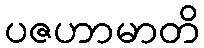
ပဇဟာမာတိ